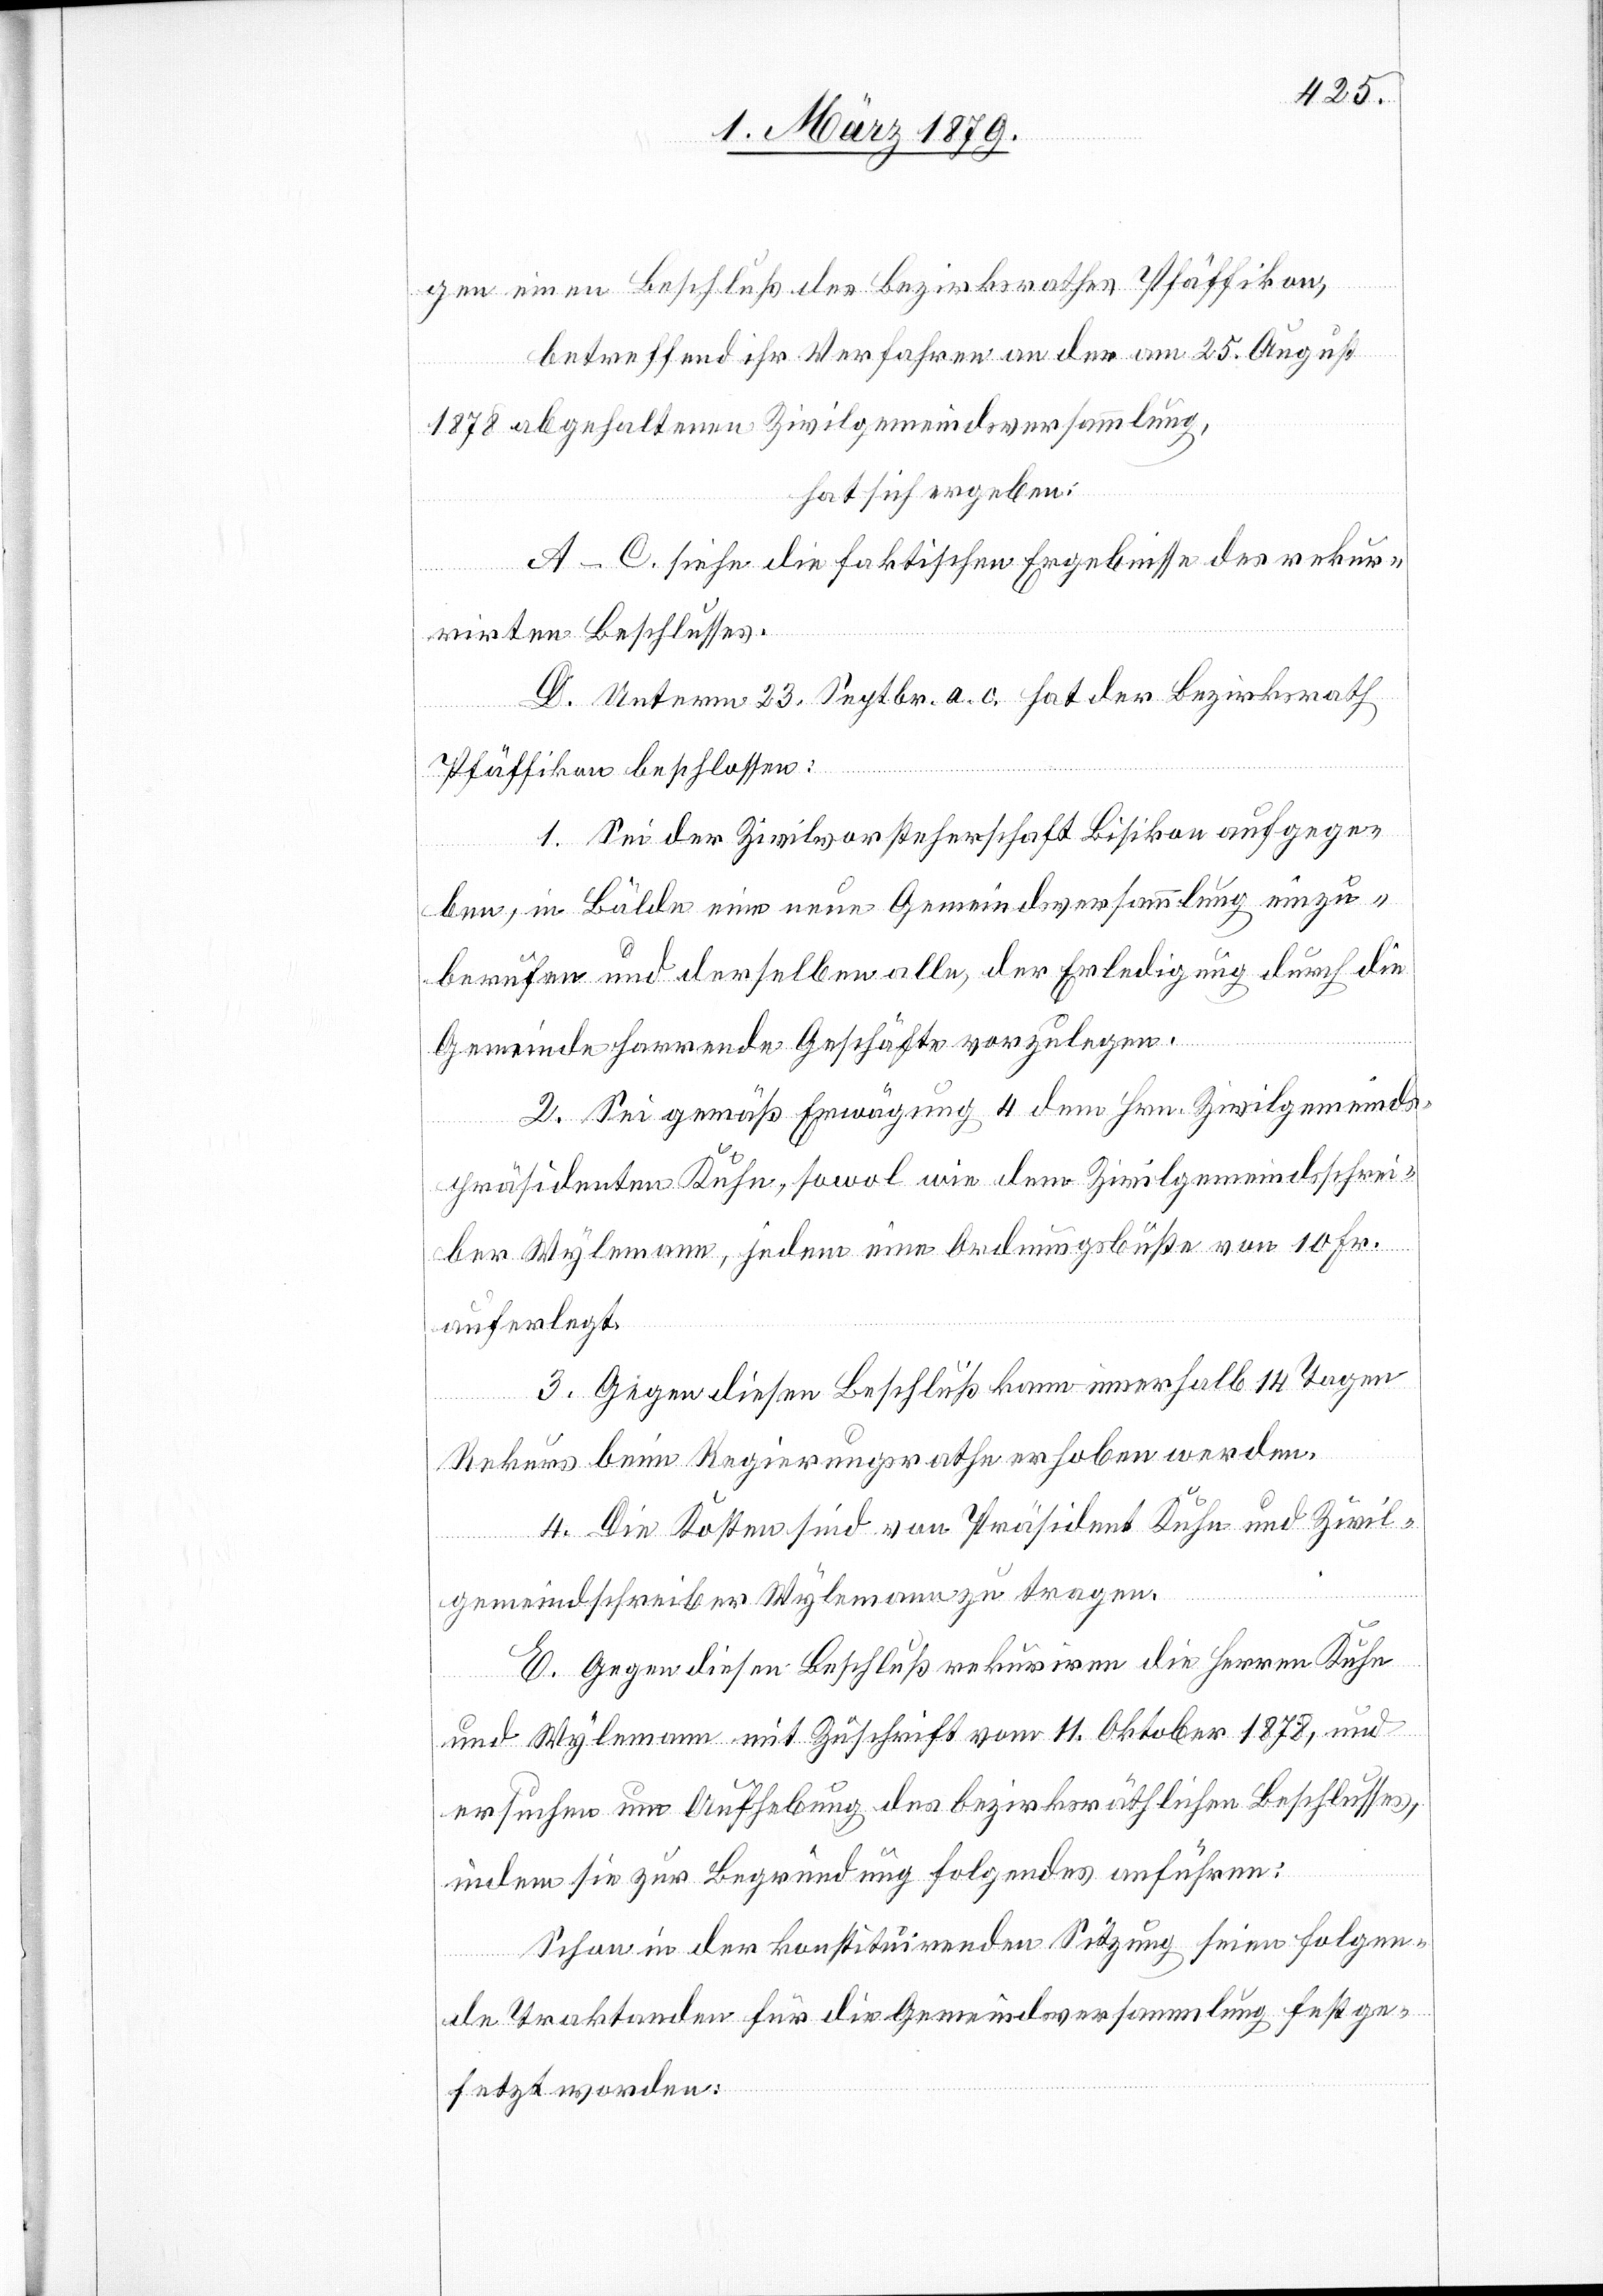
gen einen Beschluß des Bezirksrathes Pfäffikon,
betreffend ihr Verfahren an der am 25. August
1878 abgehaltenen Zivilgemeindsversammlung,
hat sich ergeben:
A–C. siehe die faktischen Ergebnisse des rekur¬
rirten Beschlusses.
D. Unterm 23. Septbr. a. c. hat der Bezirksrath
Pfäffikon beschlossen:
1. Sei der Zivilvorsteherschaft Bisikon aufgege¬
ben, in Bälde eine neue Gemeindsversammlung einzu¬
berufen und derselben alle, der Erledigung durch die
Gemeinde harrende Geschäfte vorzulegen.
2. Sei gemäß Erwägung 4 dem Hrn. Zivilgemeinds¬
präsidenten Kuhn, sowol wie dem Zivilgemeindsschrei¬
ber Wylemann, jedem eine Ordnungsbuße von 10 Fr.
auferlegt.
3. Gegen diesen Beschluß kann innerhalb 14 Tagen
Rekurs beim Regierungsrathe erhoben werden.
4. Die Kosten sind von Präsident Kuhn und Zivil¬
gemeindschreiber Wylemann zu tragen.
E. Gegen diesen Beschluß rekurriren die Herren Kuhn
und Wylemann mit Zuschrift vom 11. Oktober 1878, und
ersuchen um Aufhebung des bezirksräthlichen Beschlusses,
indem sie zur Begründung folgendes anführen:
Schon in der konstituirenden Sitzung seien folgen¬
de Traktanden für die Gemeindsversammlung festge¬
setzt worden: